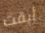
أبقت